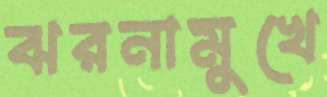
ঝরনামুখে